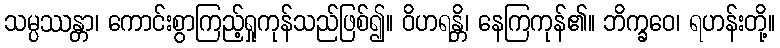
သမ္ပဿန္တာ၊ ကောင်းစွာကြည့်ရှုကုန်သည်ဖြစ်၍။ ဝိဟရန္တိ၊ နေကြကုန်၏။ ဘိက္ခဝေ၊ ရဟန်းတို့။